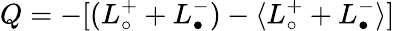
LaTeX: Q=-[(L_{\circ}^{+}+L_{\bullet}^{-})-\langle L_{\circ}^{+}+L_{\bullet}^{-}\rangle]